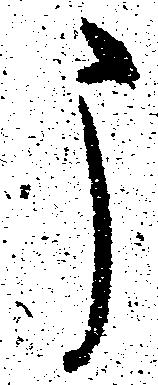
う